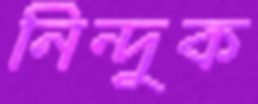
নিন্দুক